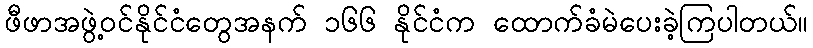
ဖီဖာအဖွဲ့ဝင်နိုင်ငံတွေအနက် ၁၆၆ နိုင်ငံက ထောက်ခံမဲပေးခဲ့ကြပါတယ်။